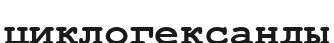
циклогександы